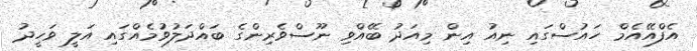
އެފްއޭއެމް ހައުސްގައި ނިއު އިން މިއަދު ބޭއްވި ނޫސްވެރިންގެ ބައްދަލުވުމެއްގައި އަލީ ވަހީދު